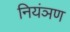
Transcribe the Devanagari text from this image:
नियंञण